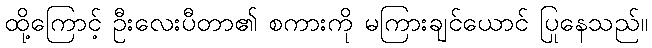
ထို့ကြောင့် ဦးလေးပီတာ၏ စကားကို မကြားချင်ယောင် ပြုနေသည်။